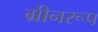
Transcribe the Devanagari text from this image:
ग्रीनरूप